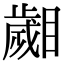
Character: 𣦦